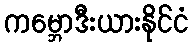
ကမ္ဘောဒီးယားနိုင်ငံ